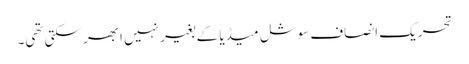
تحریکِ انصاف سوشل میڈیا کے بغیر نہیں ابھر سکتی تھی۔